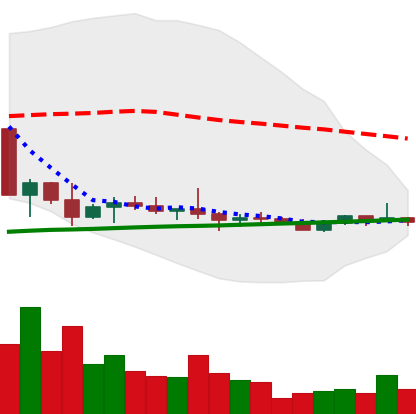
Ticker: ETC-USD
Chart end date: 2022-10-07
Forward return: -13.354%
Label: down_7plus